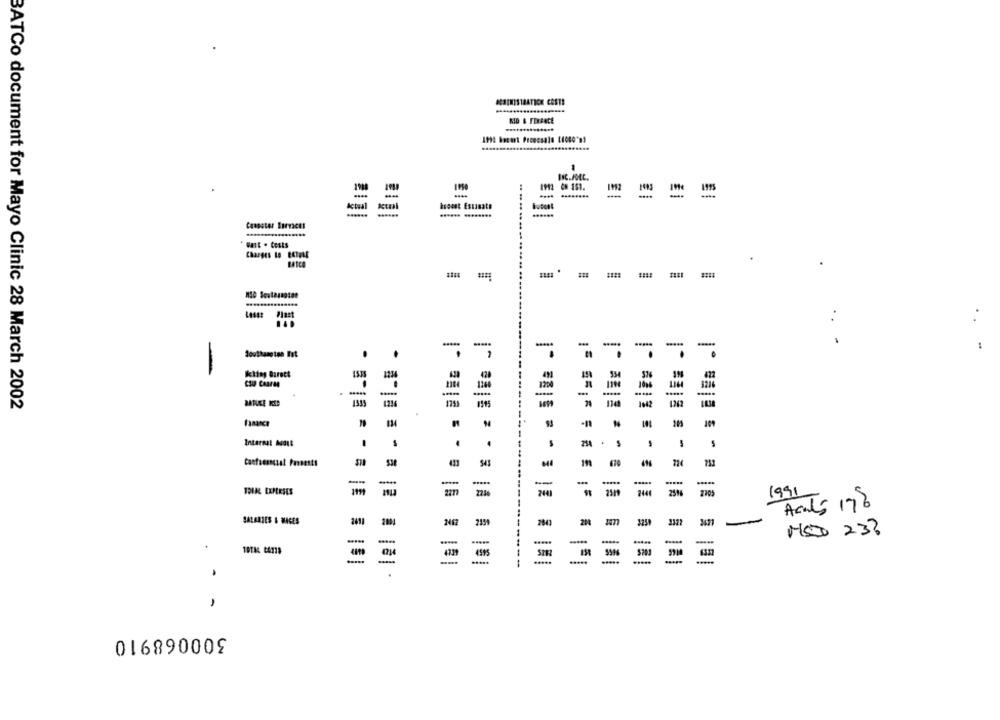
INC. JOEL.
CR 151.
Actual
bedst Estimate
.. ......
Casoster Services
WATE . CEsts
Charges to EKIPLE
..
-
Southampton Ist
1º
-
-
Kling Barett
1538
CSIP Caaran
1200
1006
-
--
1263
BATCo document for Mayo Clinic 28 March 2002
Internal Audit
-
-
.
s
254
-
-
S43
670
-
-
2734
2441
25%
1991
Acals 178
SALARIES & MACES
2411
2843
MODO 23?
.....
.....
4595
*****
.....
300068910